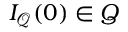
I _ { \mathcal { Q } } ( 0 ) \in Q